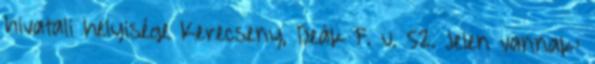
hivatali helyisége Kerecseny, Deák F. u. 52. Jelen vannak: